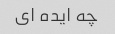
چه ایده ای